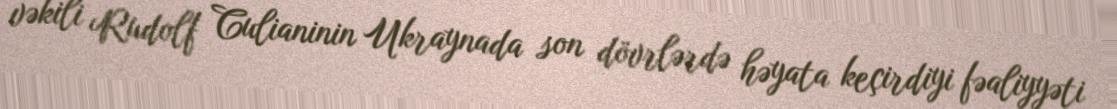
vəkili Rudolf Culianinin Ukraynada son dövrlərdə həyata keçirdiyi fəaliyyəti